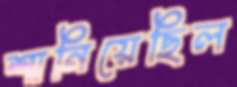
শানিয়েছিল